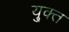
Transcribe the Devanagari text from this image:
यु्क्त